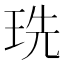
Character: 珗